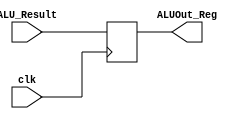
module ALUOut_Register(
 input clk,
 input [31:0] ALU_Result,
 output reg [31:0] ALUOut_Reg
);

always@(posedge clk) begin
 ALUOut_Reg <= ALU_Result;
end

endmodule